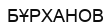
БҰРХАНОВ